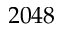
2 0 4 8